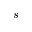
s